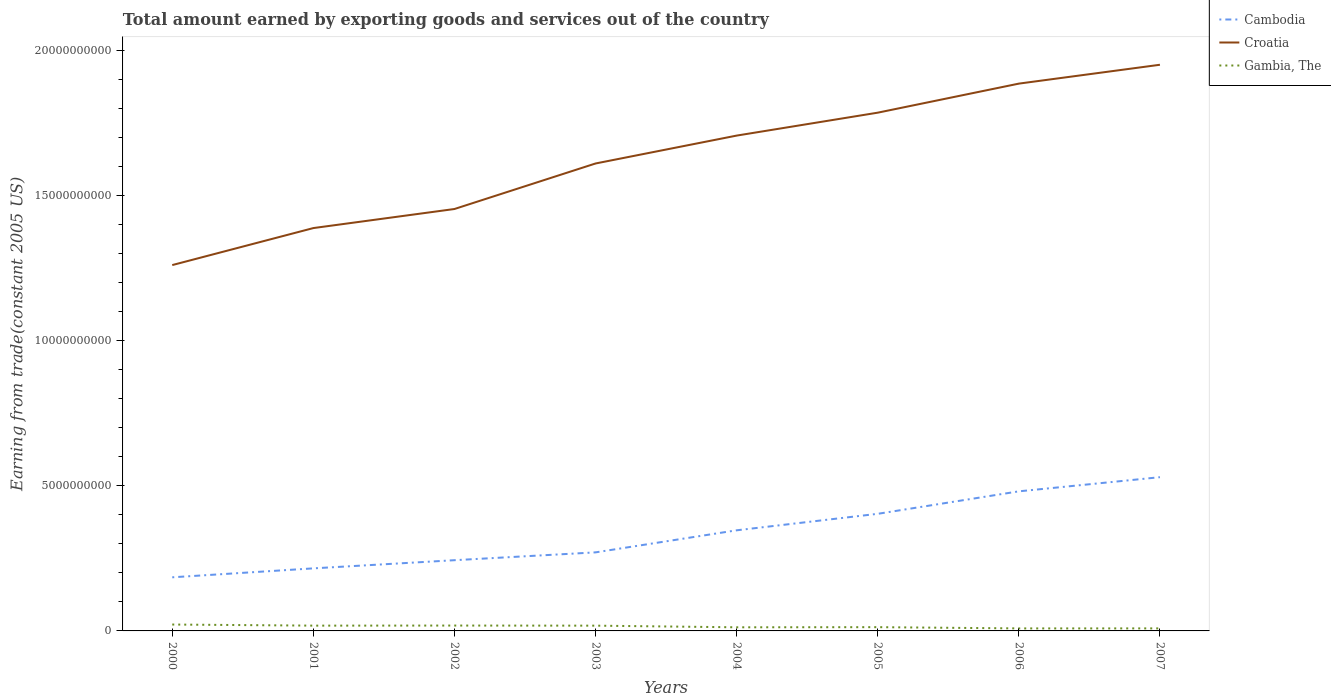
| Years | Cambodia | Croatia | Gambia, The |
 | --- | --- | --- | --- |
 | 2000 | 1.85e+09 | 1.26e+10 | 2.2e+08 |
 | 2001 | 2.15e+09 | 1.39e+10 | 1.82e+08 |
 | 2002 | 2.44e+09 | 1.45e+10 | 1.85e+08 |
 | 2003 | 2.71e+09 | 1.61e+10 | 1.81e+08 |
 | 2004 | 3.46e+09 | 1.71e+10 | 1.25e+08 |
 | 2005 | 4.03e+09 | 1.78e+10 | 1.29e+08 |
 | 2006 | 4.81e+09 | 1.88e+10 | 8.66e+07 |
 | 2007 | 5.29e+09 | 1.95e+10 | 8.7e+07 |